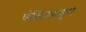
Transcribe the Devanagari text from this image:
पेकिंगमध्ये